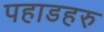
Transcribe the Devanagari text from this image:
पहाडहरु